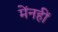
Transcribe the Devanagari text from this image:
मेंनहीं